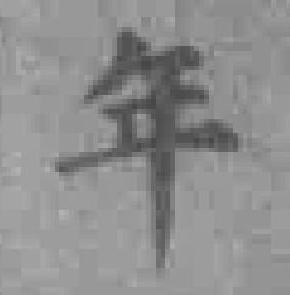
年